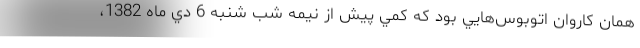
همان كاروان اتوبوس‌هايي بود كه كمي پيش از نيمه شب شنبه 6 دي ماه 1382،